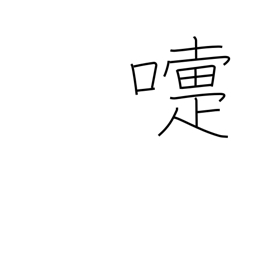
Meaning: sneeze